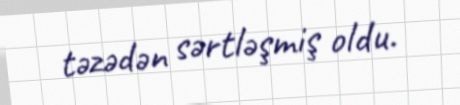
təzədən sərtləşmiş oldu.